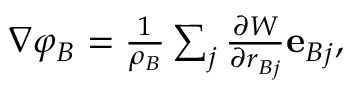
\begin{array} { r } { \nabla \varphi _ { B } = \frac { 1 } { \rho _ { B } } \sum _ { j } \frac { \partial W } { \partial r _ { B j } } \mathbf { e } _ { B j } , } \end{array}